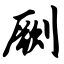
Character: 劂